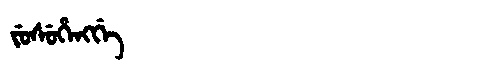
Manchu: ᠵᡠᠰᡠᡥᡝᠩᡤᡝ
Romanization: JUSUHENGGE